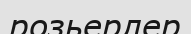
розьерлер